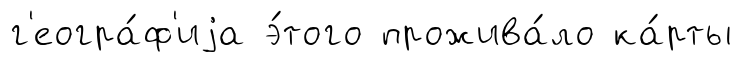
г'еогра́ф'иjа э́того прожива́ло ка́рты